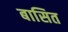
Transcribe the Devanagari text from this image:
बासित